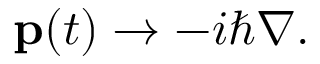
\mathbf { p } ( t ) \to - i \hbar { \boldsymbol { \nabla } } .